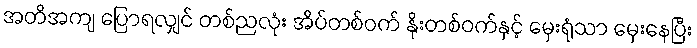
အတိအကျ ပြောရလျှင် တစ်ညလုံး အိပ်တစ်ဝက် နိုးတစ်ဝက်နှင့် မှေးရုံသာ မှေးနေပြီး